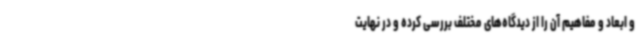
و ابعاد و مفاهیم آن را از دیدگاه‌های مختلف بررسی کرده و در نهایت